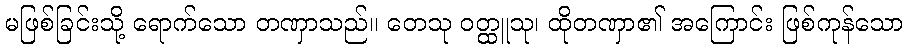
မဖြစ်ခြင်းသို့ ရောက်သော တဏှာသည်။ တေသု ဝတ္ထူသု၊ ထိုတဏှာ၏ အကြောင်း ဖြစ်ကုန်သော